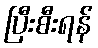
ပြီးစီးရန်